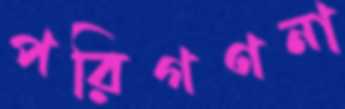
পরিগণনা